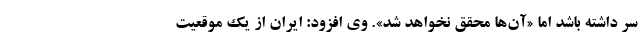
سر داشته باشد اما «آن‌ها محقق نخواهد شد». وی افزود: ایران از یک موقعیت